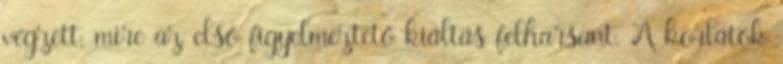
végzett, mire az első figyelmeztető kiáltás felharsant. A korlátok